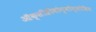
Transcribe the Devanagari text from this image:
ऑक्सीहीमोग्मोग्लोबिन